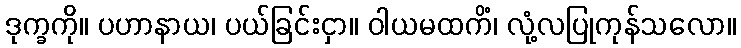
ဒုက္ခကို။ ပဟာနာယ၊ ပယ်ခြင်းငှာ။ ဝါယမထကိံ၊ လုံ့လပြုကုန်သလော။